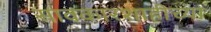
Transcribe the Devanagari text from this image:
सावकारशाहीच्या